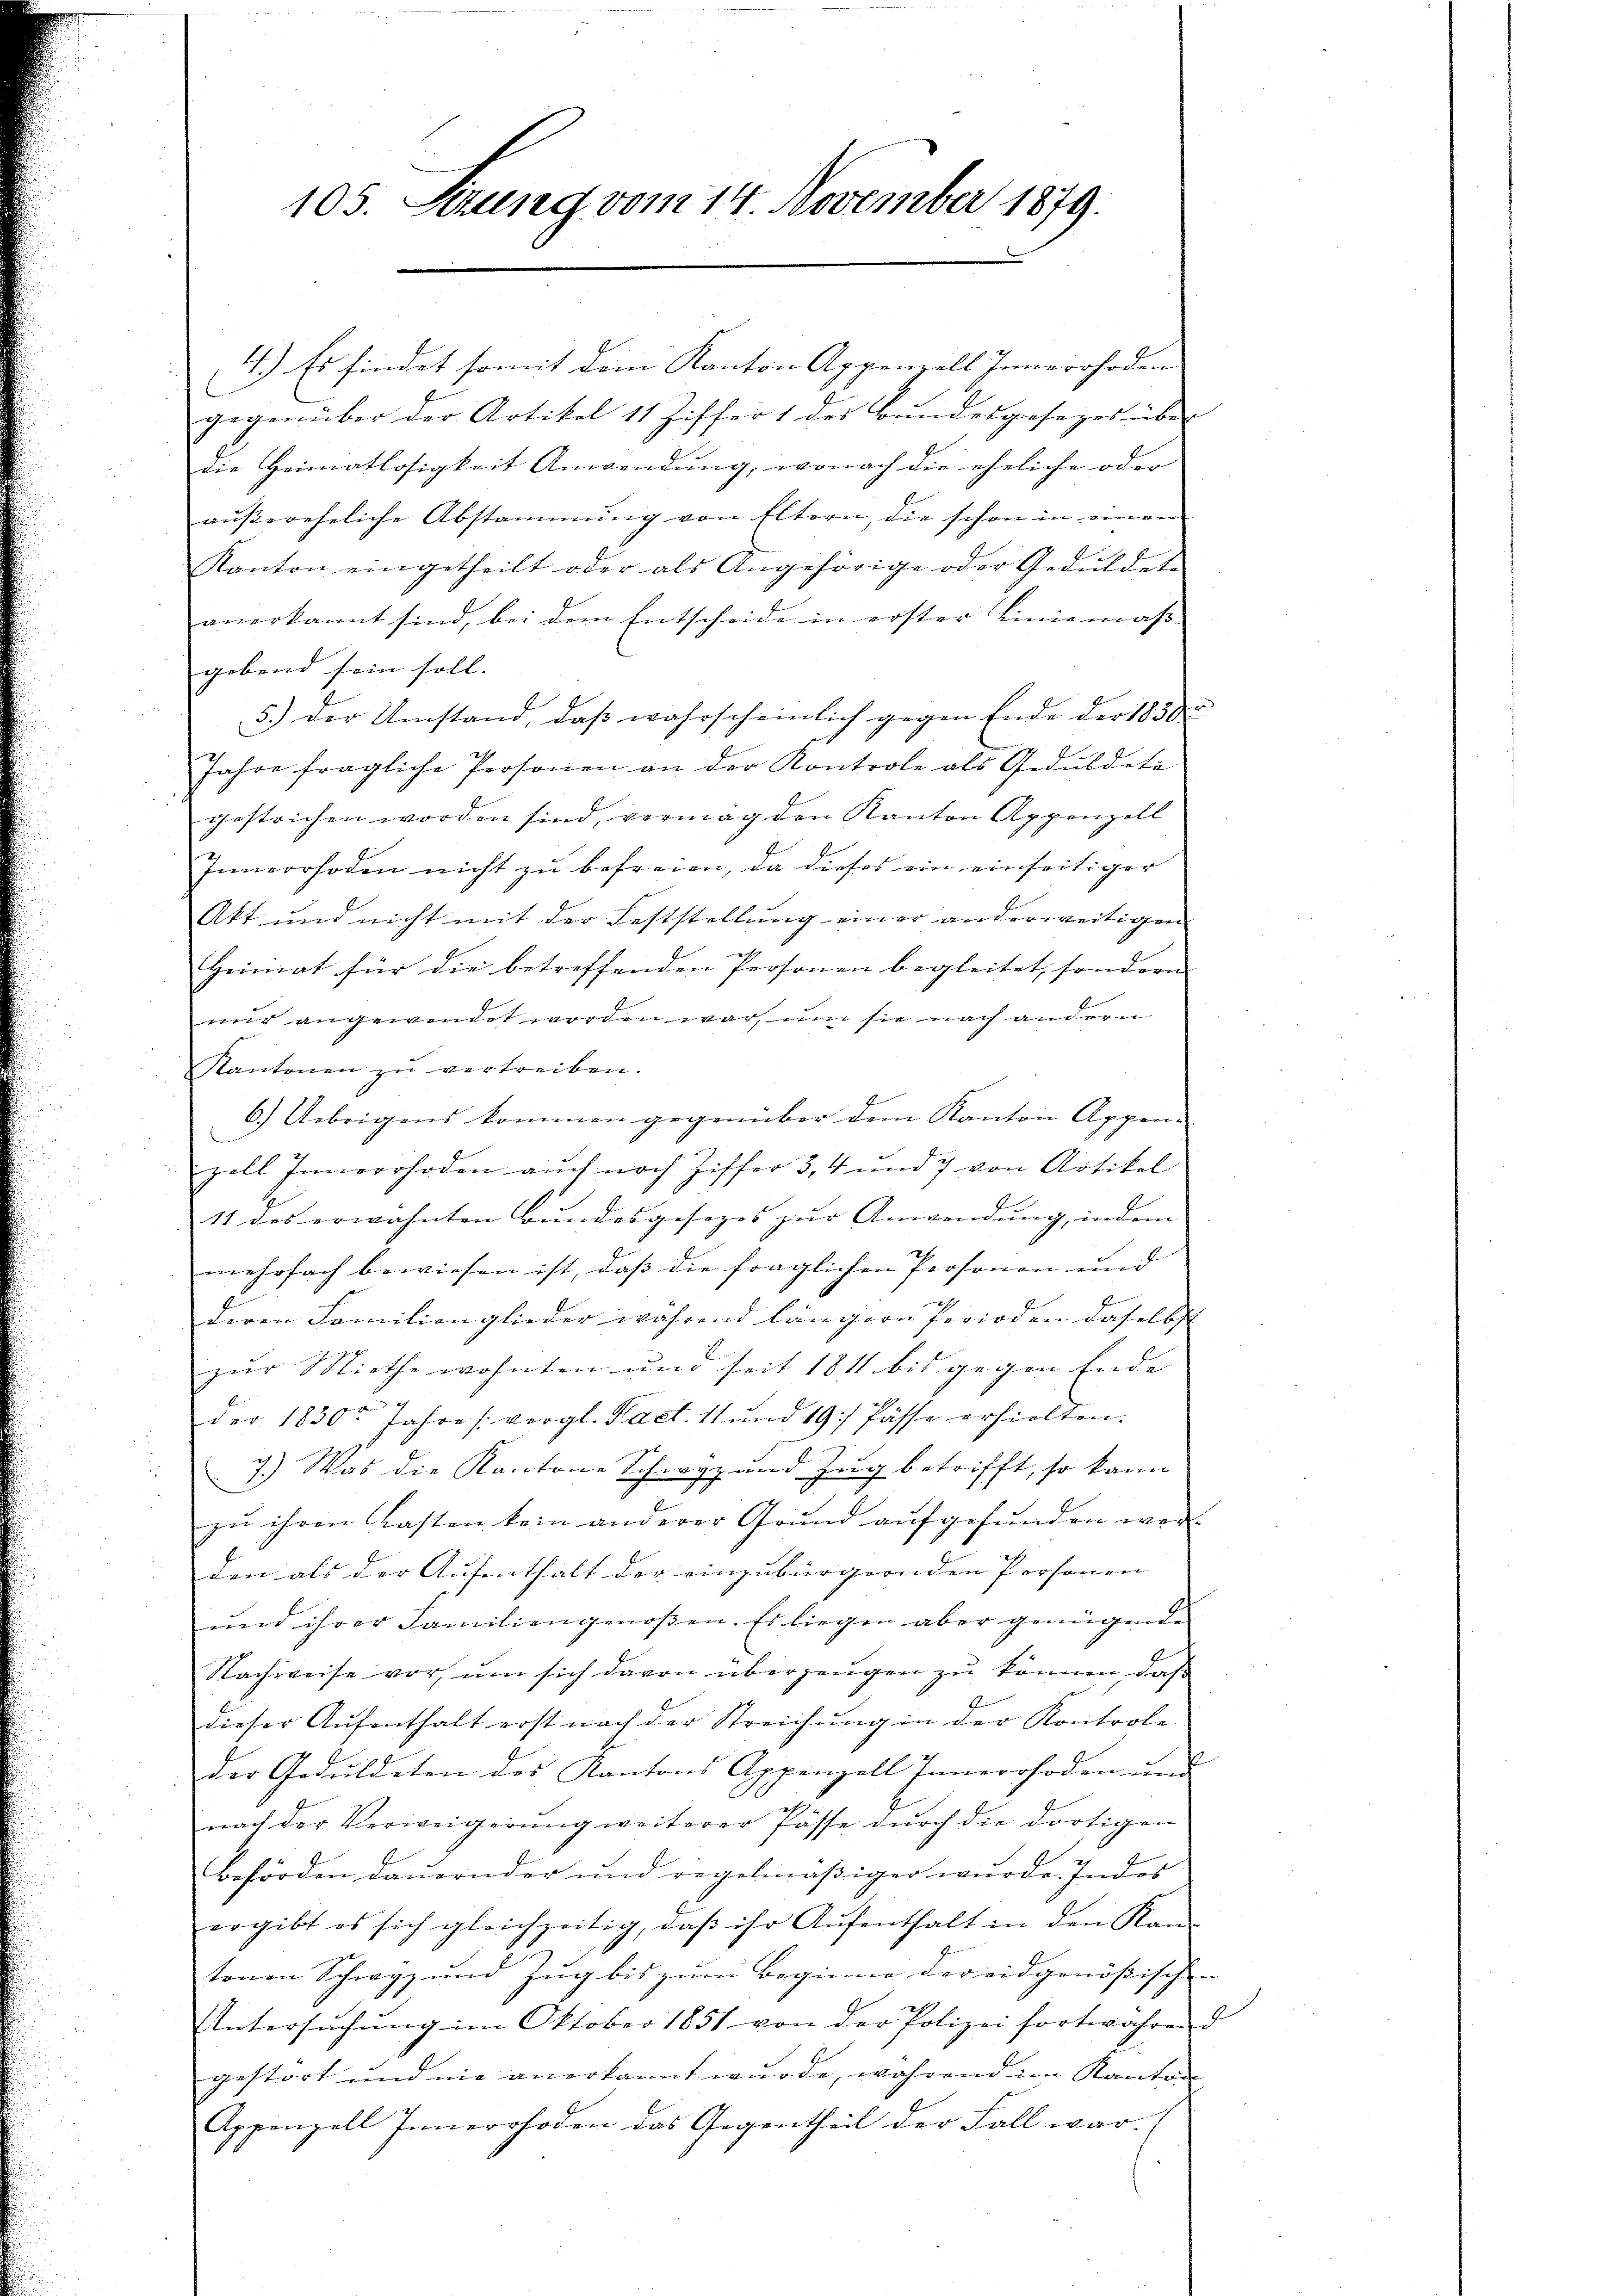
105. Sizung vom 14. November 1879.

4.) Es findet somit dem Kanton Appenzell Innerrhoden
gegenüber der Artikel 11 Ziffer 1 des Bundesgesezes über
die Heimatlosigkeit Anwendung, wonach die eheliche oder
aŭβereheliche Abstammung von Eltern, die schon in einen
Kanton eingetheilt oder als Angehörige oder Geduldete
anerkannt sind, bei dem Entscheide in erster Linie mass- |
gebend sein soll. |
5.) Der Umstand, daß wahrscheinlich gegen Ende der 1830 u
Jahre fragliche Personen an der Kontrole als Geduldete
gestrichen worden sind, vermag den Kanton Appenzell
Innerrhoden nicht zu befreien, da dieses ein einseitiger
Akt und nicht mit der Feststellung einer anderweitigen
Heimat für die betreffenden Personen begleitet, sondern
mir angewendet worden war, um sie nach andern
Kantonen zŭ vertreiben.
6.) Uebrigens kommen gegenüber dem Kanton Appen-
zell Innerrhoden auch noch Ziffer 3, 4 und 7 von Artikel
11 des erwähnten Bundesgesezes zur Anwendung, indem |
mehrfach bewiesen ist, dass die fraglichen Personen und |
deren Familienglieder während längern Perioden daselbst
zur Miethe wohnten und seit 1811 bis gegen Ende |
1
der 1830r Jahre (vergl. Fact. 11 und 19. Pässe erhielten.
7.) Was die Kantone Schwyz und Zug betrifft, so kann
zu ihren Casten kein anderer Grund aufgefunden wor- |
den als der Aufenthalt der einzubürgernden Personen |
und ihrer Familiengenoßen. Es liegen aber genügende
Nachweise vor, um sich davon überzeugen zu können, daß
dieser Aufenthalt erst nach der Streichung in der Kontrole
der Geduldeten des Kantons Appenzell Innerrhoden und
nach der Verweigerŭng weiterer Pässe dŭrch die dortigen
Behörden dauernder und regelmäβiger wurde. Indes
ergibt es sich gleichzeitig, daβ ihr Aŭfenthalt in den Kan
tonen Schwyz und Zug bis zum Beginne der eidgenößischen
Untersŭchŭng im Oktober 1851 von der Polizei fortwährend
gestört und nie anerkannt wurde, während im Kanton
Appenzell Innerrhoden das Gegentheil der Fall war.